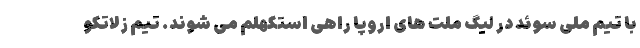
با تیم ملی سوئد در لیگ ملت های اروپا راهی استکهلم می شوند. تیم زلاتکو